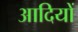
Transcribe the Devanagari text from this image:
आदियों